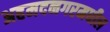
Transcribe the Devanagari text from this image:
अहमदनगरमधील